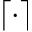
\lceil \cdot \rceil